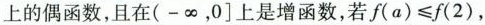
上的偶函数，且在(-∞，0]上是增函数，若$$f ( a ) ≤ f ( 2 )$$，